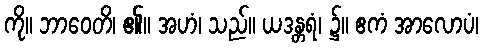
ကို။ ဘာဝေတိ၊ ၏။ အဟံ၊ သည်။ ယဒန္တရံ၊ ၌။ ဧကံ အာလောပံ၊